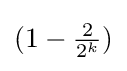
\textstyle (1-{\frac {2}{2^{k}}})